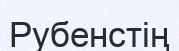
Рубенстің